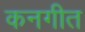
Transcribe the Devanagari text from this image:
कनगीत